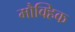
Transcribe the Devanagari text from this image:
मौक्हिक